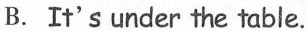
B. It'sunder the table.